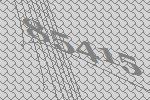
85415